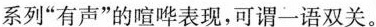
系列”有声”的喧哗表现，可谓一语双关。